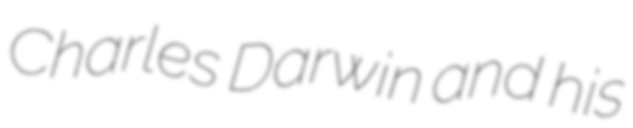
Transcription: Charles Darwin and his